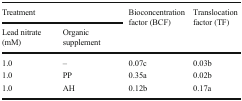
| <COLSPAN=2> Treatment | <ROWSPAN=2> Bioconcentration factor (BCF) | <ROWSPAN=2> Translocation factor (TF) |
 | Lead nitrate (mM) | Organic supplement |
 | --- | --- | --- | --- |
 | 1.0 | – | 0.07c | 0.03b |
 | 1.0 | PP | 0.35a | 0.02b |
 | 1.0 | AH | 0.12b | 0.17a |